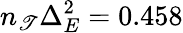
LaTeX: n_{\mathscr{T}}\Delta_{E}^{2}=0.458